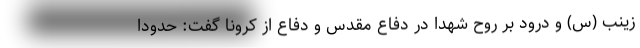
زینب (س) و درود بر روح شهدا در دفاع مقدس و دفاع از کرونا گفت: حدودا